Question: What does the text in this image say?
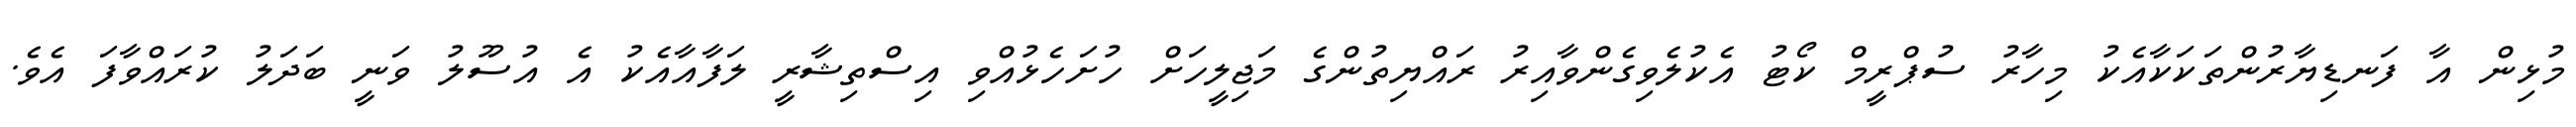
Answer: މުޅިން އާ ފަނޑިޔާރުންތަކަކާއެކު މިހާރު ސުޕްރީމް ކޯޓު އެކުލެވިގެންވާއިރު ރައްޔިތުންގެ މަޖިލީހަށް ހުށަހެޅުއްވި އިސްތިޝާރީ ލަފާއާއެކު އެ އުސޫލު ވަނީ ބަދަލު ކުރައްވާފަ އެވެ.